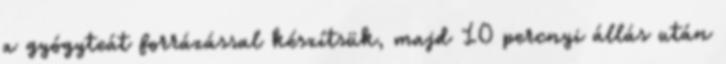
a gyógyteát forrázással készítsük, majd 10 percnyi állás után